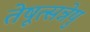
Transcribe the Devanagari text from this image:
तेषूत्सन्नेषु